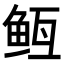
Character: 𬶊